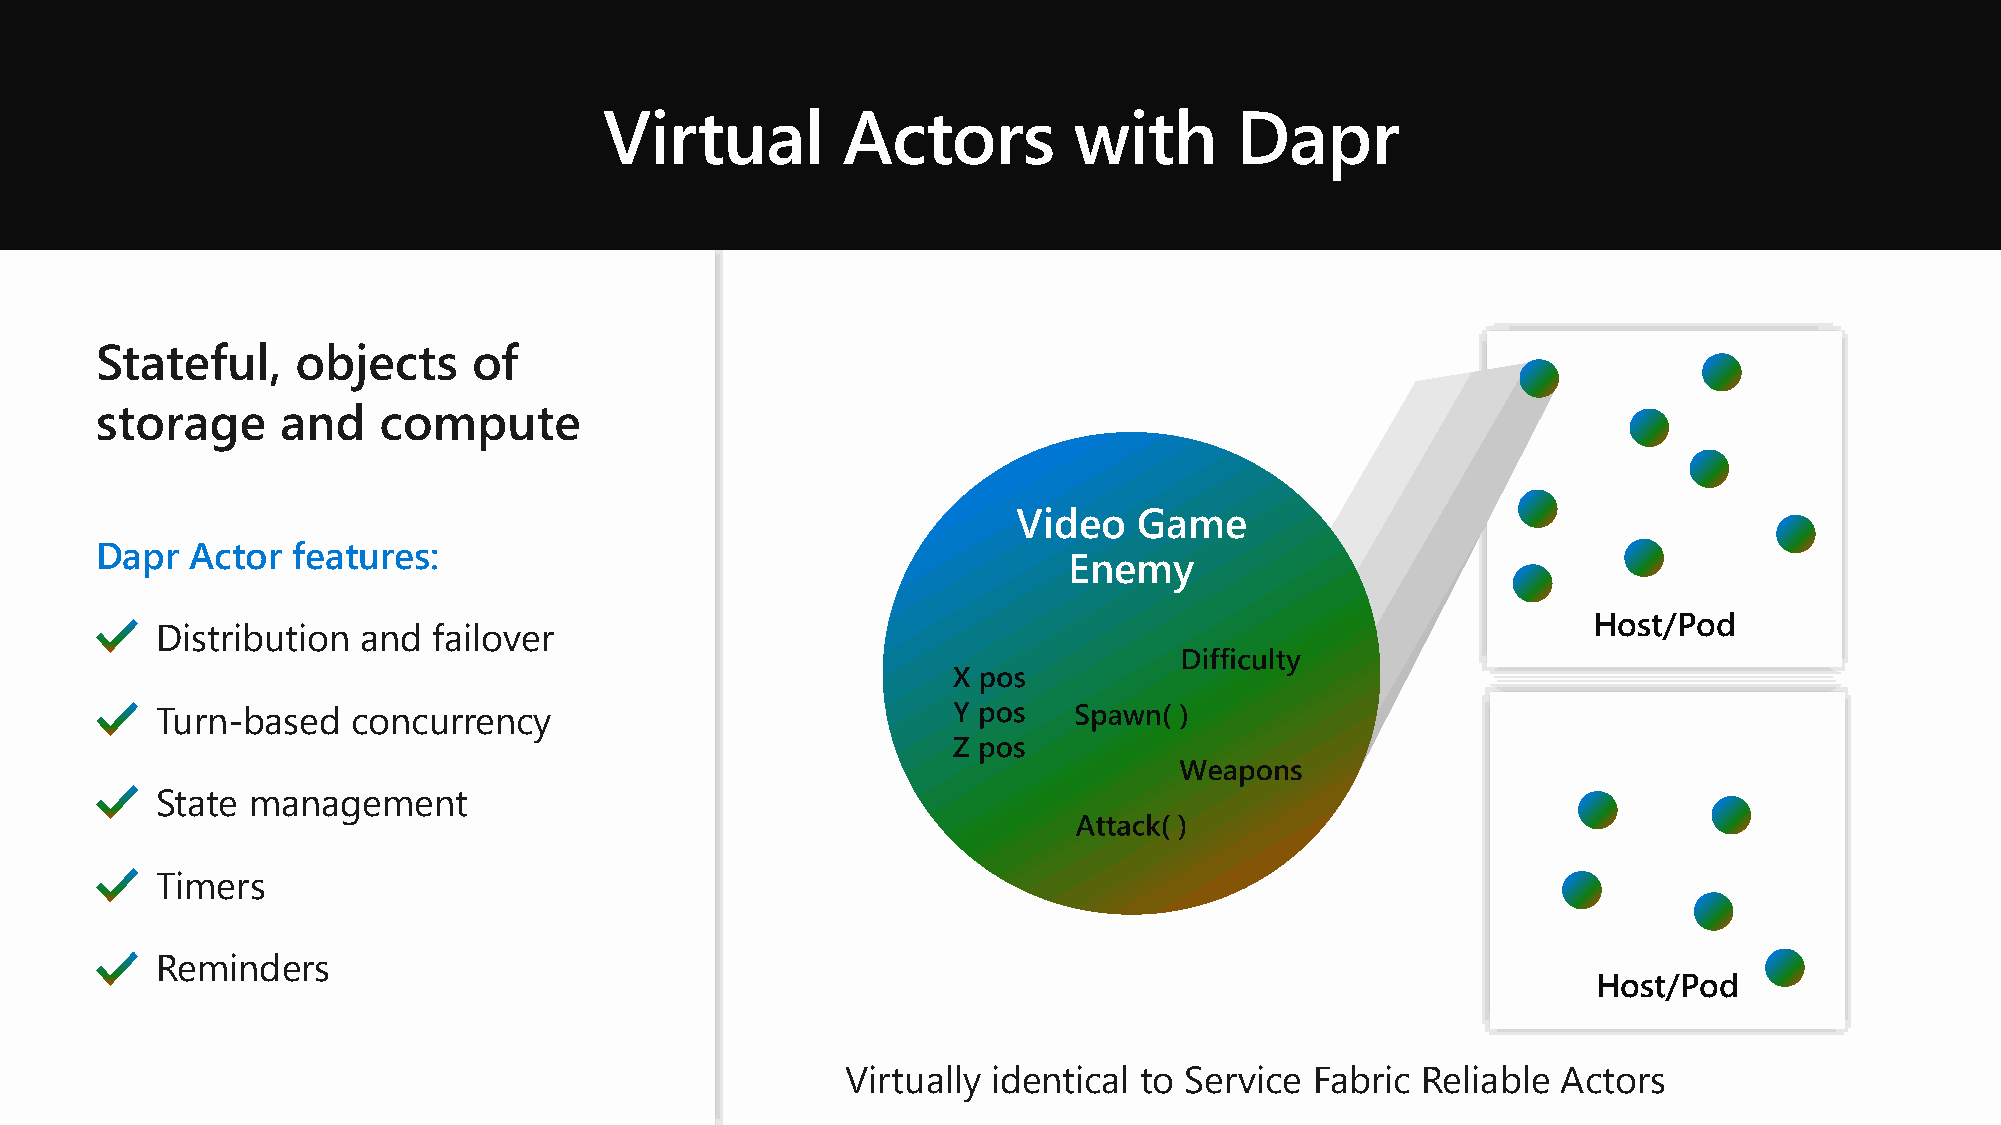
Virtual         Actors         with       Dapr
 Stateful,     objects    of
 storage      and   compute
 Video   Game
 Dapr   Actor features:
 Enemy
 Host/Pod
 Distribution  and  failover
 Turn-based   concurrency
 State management
 Timers
 Reminders
 Host/Pod
 Virtually identical to Service Fabric Reliable Actors